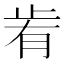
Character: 𣥯